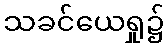
သခင်ယေရှု၌